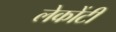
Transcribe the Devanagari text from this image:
लेकोंटी